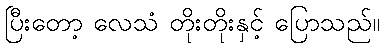
ပြီးတော့ လေသံ တိုးတိုးနှင့် ပြောသည်။